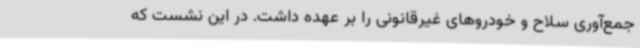
جمع‌آوری سلاح و خودروهای غیرقانونی را بر عهده داشت. در این نشست که